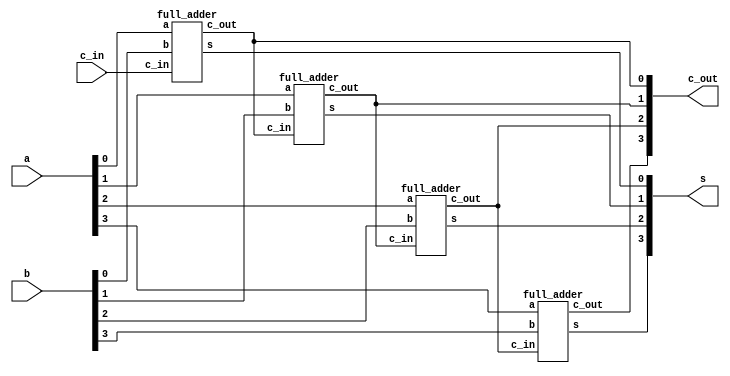
`timescale 1ns / 1ns

module part1(a, b, c_in, s, c_out);
  input wire [3:0] a, b;
  input wire c_in;
  output wire [3:0] s, c_out;

  full_adder A0(a[0], b[0], c_in, s[0], c_out[0]);
  full_adder A1(a[1], b[1], c_out[0], s[1], c_out[1]);
  full_adder A2(a[2], b[2], c_out[1], s[2], c_out[2]);
  full_adder A3(a[3], b[3], c_out[2], s[3], c_out[3]);
endmodule

module full_adder(a, b, c_in, s, c_out);
  input a, b, c_in;
  output s, c_out;

  assign s = ^{a, b, c_in};
  assign c_out = (a^b) ? c_in : b;
endmodule